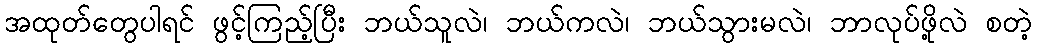
အထုတ်တွေပါရင် ဖွင့်ကြည့်ပြီး ဘယ်သူလဲ၊ ဘယ်ကလဲ၊ ဘယ်သွားမလဲ၊ ဘာလုပ်ဖို့လဲ စတဲ့